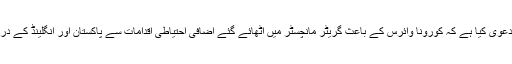
31جولائی 2020ء ) انگلینڈ اینڈ ویلز کرکٹ بورڈ (ای سی بی) نے دعویٰ کیا ہے کہ کورونا وائرس کے باعث گریٹر مانچسٹر میں اٹھائے گئے اضافی احتیاطی اقدامات سے پاکستان اور انگلینڈ کے درمیان 5 اگست سے شروع ہونے والا پہلا ٹیسٹ میچ متاثر نہیں ہو گا۔